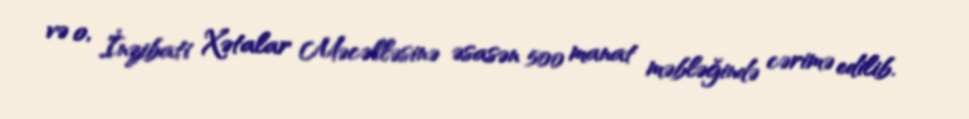
və o, İnzibati Xətalar Məcəlləsinə əsasən 500 manat məbləğində cərimə edilib.